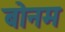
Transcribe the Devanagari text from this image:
बोनम